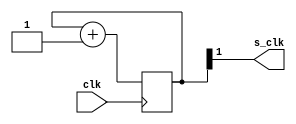
`timescale 1ns / 1ps
//////////////////////////////////////////////////////////////////////////////////
// Company: 
// Engineer: 
// 
// Design Name: 
// Module Name: clk_divider
// Project Name: 
// Target Devices: 
// Tool Versions: 
// Description: 
// 
// Dependencies: 
// 
// Revision:
// Revision 0.01 - File Created
// Additional Comments:
// 
//////////////////////////////////////////////////////////////////////////////////


module clk_divider(input clk, output s_clk);
reg [1:0]counter;
initial begin
    counter <= 0;
end
always @(posedge clk) begin
counter = counter + 1;
end
assign s_clk = counter[1];
endmodule